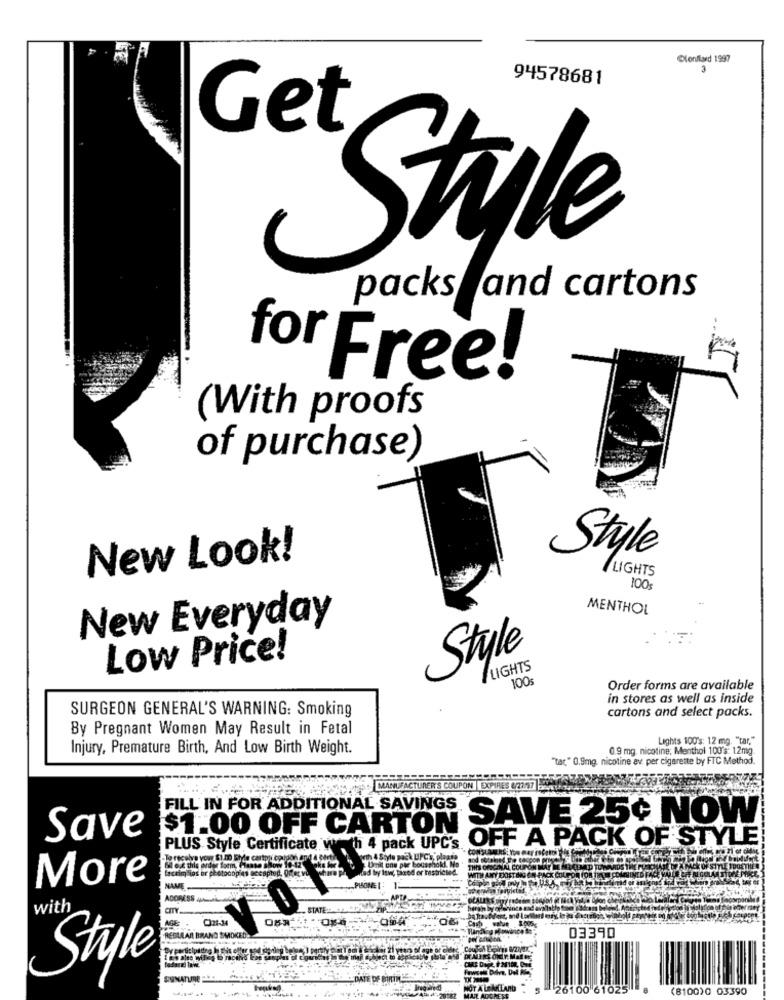
Clonilard 1997
3
94578681
Get
"Style
packs and cartons
for Free!
(With proofs
of purchase)
New Look!
Style
LIGHTS
100
MENTHOL
New Everyday
Low Price!
Style
FLIGHTS
100
Order forms are available
in stores as well as inside
SURGEON GENERAL'S WARNING: Smoking
cartons and select packs.
By Pregnant Women May Result in Fetal
Lights 100's: 12 mg. "tar,"
Injury, Premature Birth, And Low Birth Weight.
0.9 mg. nicotine, Menthol 100's: 12mg.
"tac," 0.9mg, nicotine av per cigarette by FTC Method.
OUIPON |EXPIRES 8/27/97
FILL IN FOR ADDITIONAL SAVINGS
SAVE 25+ NOW
$1.00 OFF CARTON
Save
OFF A PACK OF STYLE
PLUS Style Certificate w
th 4 pack UPC
CON
Sex this order form, Plante il
faceim ins or photoo
THIS OROGINAL COUP
WITH ANY DOSTON
CX COLFOR ION
More
NAME
ADDRESS ALA
with
-STATE:
C321-34
REDAALARI BRAND SMOKED.
03390
DEALERS Offr. Mal RE
Style
SUNATURE PRACOVAT
NOT ALEMLAND . 5
26100 61025
(8100)0 03390
UL ADCHEST